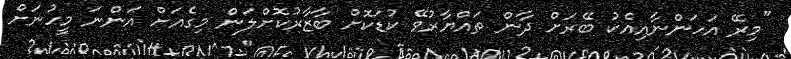
"މިރޭ އަހަންނާއިއެކު ބޭރަށް ދާން ތައްޔާރުވޭ ކުޑަކޮށް ބާޒާރުކޮށްލަން މިގެއަށް އަންނަ މީހުނަށް